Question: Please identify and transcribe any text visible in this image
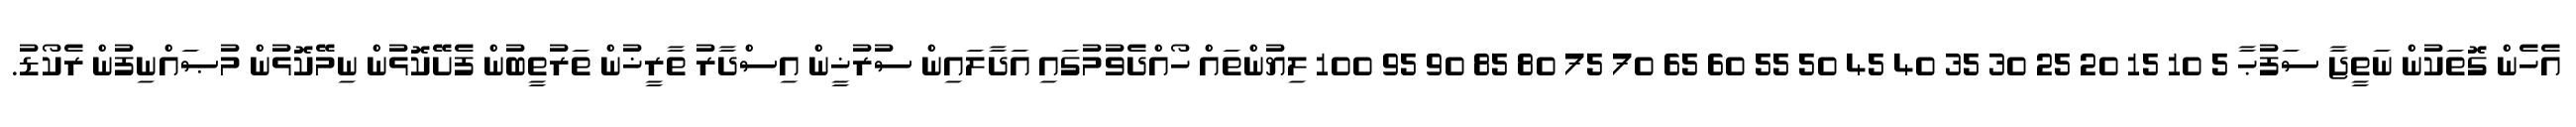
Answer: އެހެން ގޮތަކުން ނަތީޖާ ސަފުޙާ 5 10 15 20 25 30 35 40 45 50 55 60 65 70 75 80 85 90 95 100 ލިޔުންތައް ހޯއްދެވުމުގައި އަދާލައިން ސުރުޚީން އިސްދާރު ތާރީޚުން ތަރުތީބުން ފެށޭކޮޅުން ނިމޭކޮޅުން މުޞައްނިފުން ރެކޯޑު.